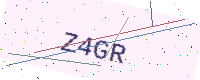
Text: Z4GR